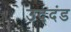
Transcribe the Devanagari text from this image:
उद्‌दंड